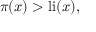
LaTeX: \pi ( x ) > \operatorname { l i } ( x ) ,